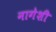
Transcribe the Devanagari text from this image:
नागेशी